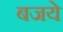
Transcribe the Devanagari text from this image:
बजये